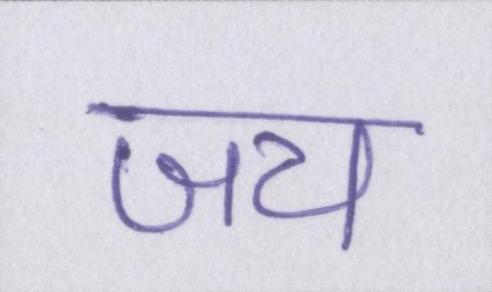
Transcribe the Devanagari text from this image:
जय